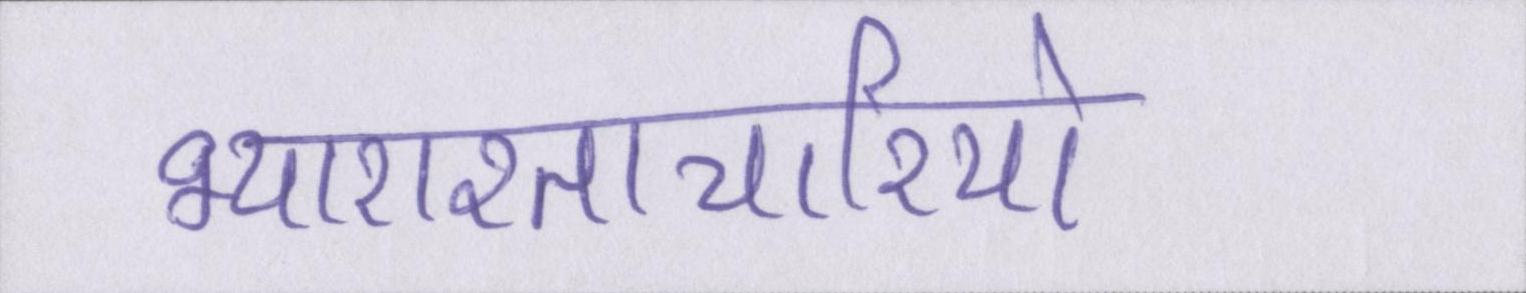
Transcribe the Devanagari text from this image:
भ्याराश्ताचारियो